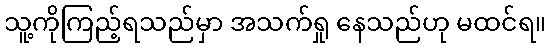
သူ့ကိုကြည့်ရသည်မှာ အသက်ရှု နေသည်ဟု မထင်ရ။